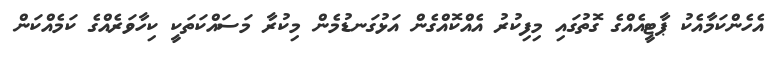
އެހެންކަމާއެކު ޕާޓީއެއްގެ ގޮތުގައި މިފިކުރު އެއްކޮއްގެން އަޅުގަނޑުމެން މިކުރާ މަސައްކަތަކީ ކިހާވަރެއްގެ ކަމެއްކަން